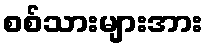
စစ်သားများအား